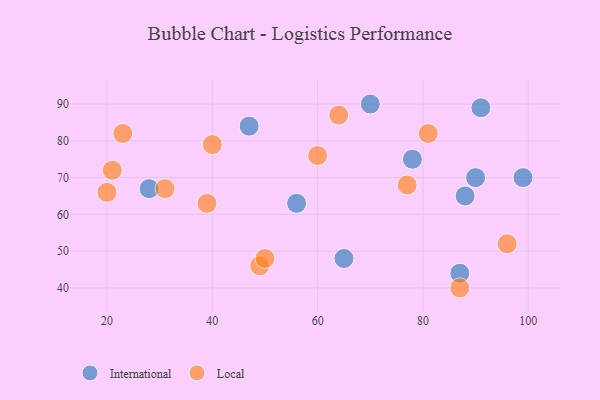
{"axis": {"x": "GDP", "y": "Life Expectancy"}, "legend": ["International", "Local"], "data": [{"x": "90", "y": 70, "type": "International"}, {"x": "87", "y": 44, "type": "International"}, {"x": "88", "y": 65, "type": "International"}, {"x": "70", "y": 90, "type": "International"}, {"x": "78", "y": 75, "type": "International"}, {"x": "91", "y": 89, "type": "International"}, {"x": "99", "y": 70, "type": "International"}, {"x": "47", "y": 84, "type": "International"}, {"x": "56", "y": 63, "type": "International"}, {"x": "28", "y": 67, "type": "International"}, {"x": "65", "y": 48, "type": "International"}, {"x": "40", "y": 79, "type": "Local"}, {"x": "23", "y": 82, "type": "Local"}, {"x": "20", "y": 66, "type": "Local"}, {"x": "77", "y": 68, "type": "Local"}, {"x": "49", "y": 46, "type": "Local"}, {"x": "64", "y": 87, "type": "Local"}, {"x": "39", "y": 63, "type": "Local"}, {"x": "60", "y": 76, "type": "Local"}, {"x": "21", "y": 72, "type": "Local"}, {"x": "87", "y": 40, "type": "Local"}, {"x": "81", "y": 82, "type": "Local"}, {"x": "96", "y": 52, "type": "Local"}, {"x": "31", "y": 67, "type": "Local"}, {"x": "50", "y": 48, "type": "Local"}]}